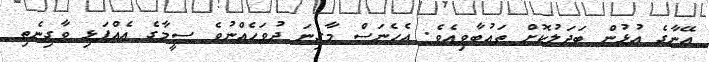
އޭނާގެ އުޅުން ބަދަލުކޮށް ތައުބާވިއެވެ. އެހެނަސް މާގިނަ ދުވަހެއްނުވެ ސީމާގެ އެއްފަޅި ވާގިނެތި